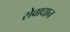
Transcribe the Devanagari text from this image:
सेवाधान